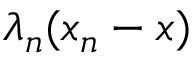
\lambda _ { n } ( x _ { n } - x )